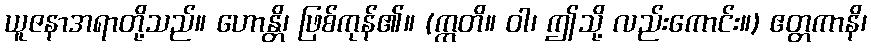
ယူဇနာအရာတို့သည်။ ဟောန္တိ၊ ဖြစ်ကုန်၏။ (ဣတိ။ ဝါ၊ ဤသို့ လည်းကောင်း။) ဧတ္တကာနိ၊